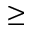
\geq